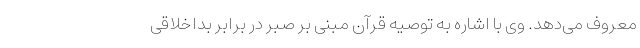
معروف می‌دهد. وی با اشاره به توصیه قرآن مبنی بر صبر در برابر بداخلاقی